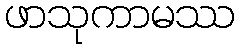
ဖာသုကာမဿ